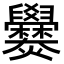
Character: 𬋡